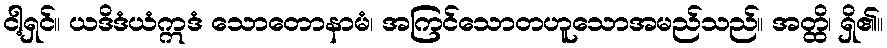
ငါ့ရှင်။ ယဒိဒံယံဣဒံ သောတောနာမံ၊ အကြင်သောတဟူသောအမည်သည်။ အတ္ထိ၊ ရှိ၏။